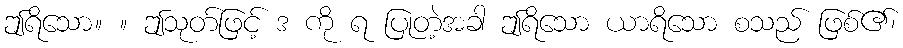
ဤရိသော။ ။ ဤသုတ်ဖြင့် ဒ ကို ရ ပြုတဲ့အခါ ဤရိသော ယာရိသော စသည် ဖြစ်၏၊